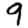
Digit: 9